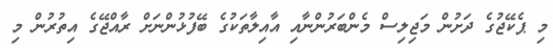
މި ޕެކޭޖުގެ ދަށުން މަޖިލިސް މެންބަރުންނާއި އާއިލާތަކުގެ ބޭފުޅުންނަށް ރާއްޖޭގެ އިތުުރުން މި